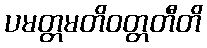
ပမတ္တမတိဝတ္တတီတိ